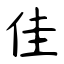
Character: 佳